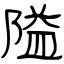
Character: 隘